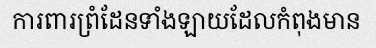
ការពារព្រំដែនទាំងឡាយដែលកំពុងមាន